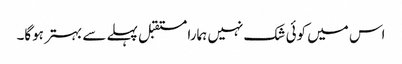
اس میں کوئی شک نہیں ہمارا مستقبل پہلے سے بہتر ہوگا۔